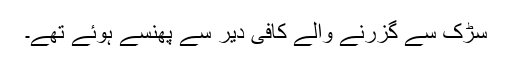
سڑک سے گزرنے والے کافی دیر سے پھنسے ہوئے تھے۔